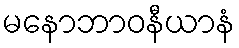
မနောဘာဝနီယာနံ